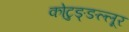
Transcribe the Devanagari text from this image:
कोटुङ्ङल्लूर